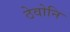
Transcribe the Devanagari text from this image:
ठेवोनि